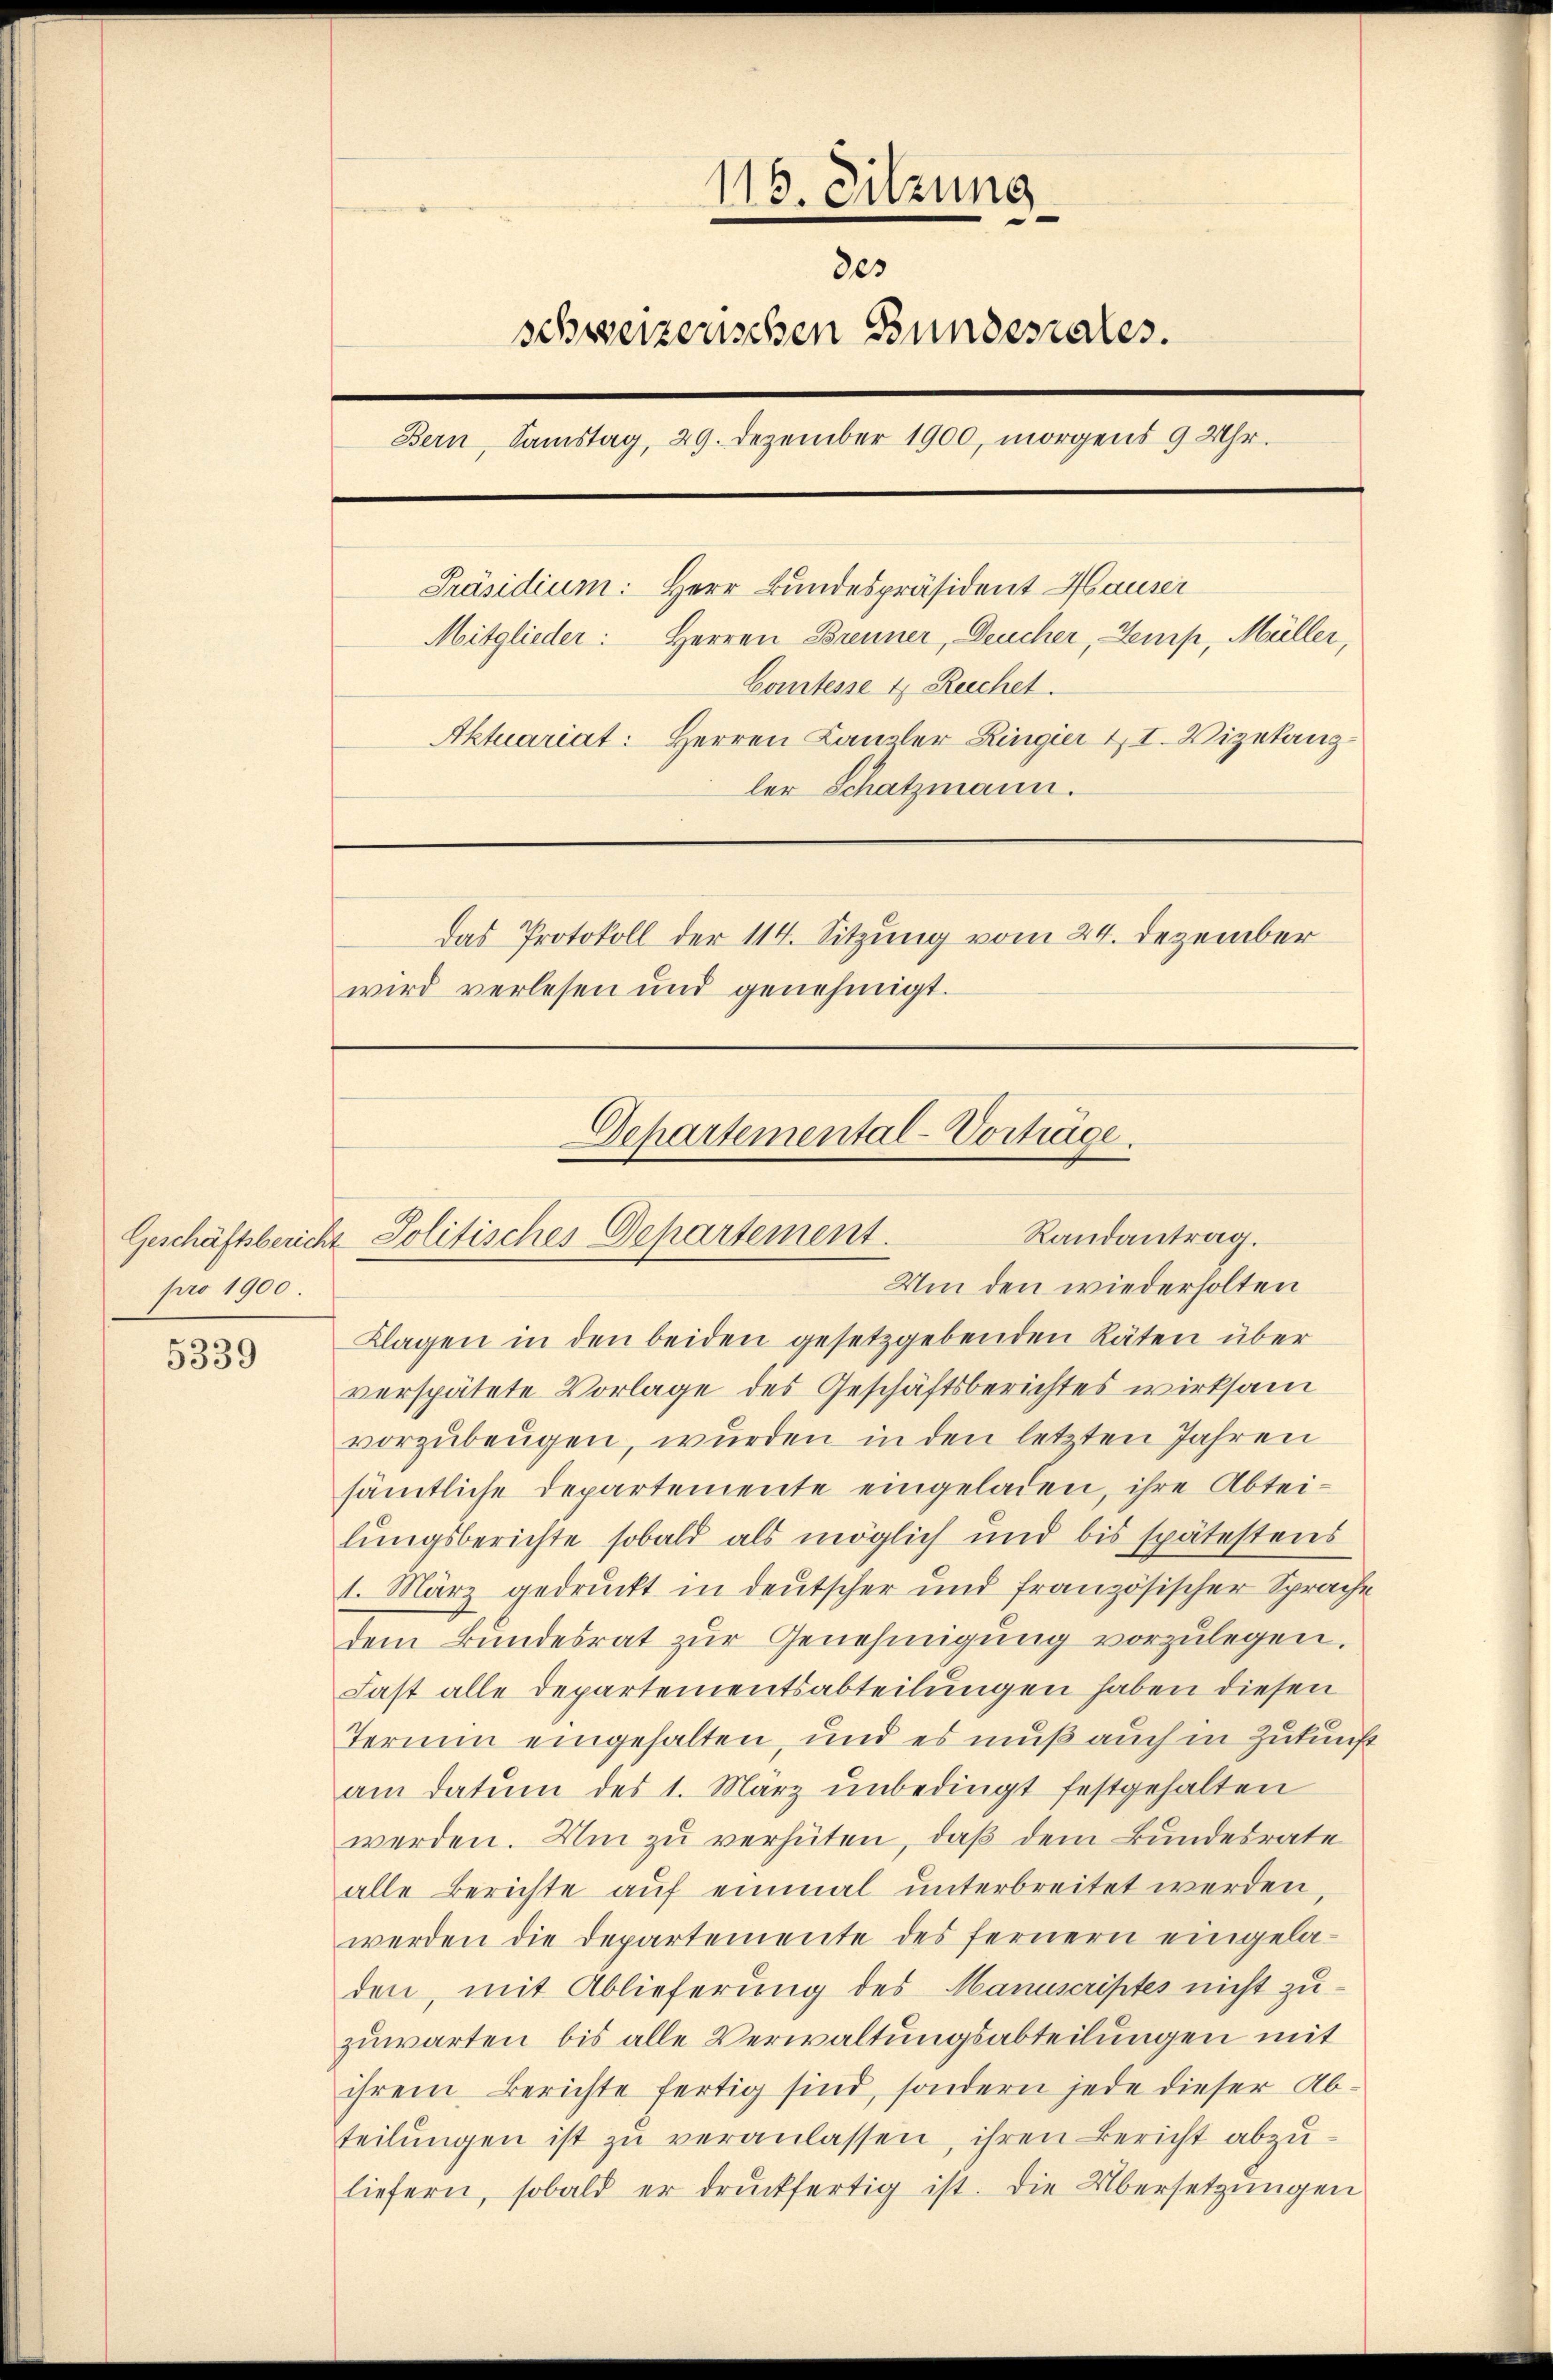
pro 1900.

5339

116. Sitzung
303
schweizerischen Bundesrates.
Bern, Samstag, 29. Dezember 1900, morgens 9 Uhr.
Präsidium: Herr Bundespräsident Hauser
Mitglieder: Herren Brenner, Deucher, Semp, Müller,
Comtesse 4 Reichet.
Aktuariat: Herren Kanzler Ringier II. Vizetanz
ler Schatzmann.
Das Protokoll der 114. Sitzung vom 24. Dezember
wird verlesen und genehmigt.

Departemental-Vorträge.
Randantrag.
Geschäftsbericht Politisches Departement.

Um den wiederholten
Klagen in den beiden gesetzgebenden Räten über
verspätete Vorlage des Geschäftsberichtes wirksam
vorzubeugen, wurden in den letzten Jahren
sämtliche Departemente eingeladen, ihre Abteilungsberichte sobald als möglich und bis spätestens
1. März gedruckt in deutscher und französischer Sprache
dem Bundesrat zur Genehmigung vorzulegen.
Last alle Departementsabteilungen haben diesen
Termin eingehalten, und es muß auch in Zukunft
am datum des 1. März unbedingt festgehalten
werden. Um zu verhüten, daß dem Bundesrate
alle Berichte auf einmal unterbreitet werden,
werden die Departemente des fernern eingeladen, mit Ablieferung des Manuscriptes nicht zuzuwarten bis alle Verwaltungsabteilungen mit
ihrem Berichte fertig sind, sondern jede dieser Abteilungen ist zu veranlassen, ihren Bericht abzuliefern, sobald er drŭckfertig ist. Die Übersetzŭngen